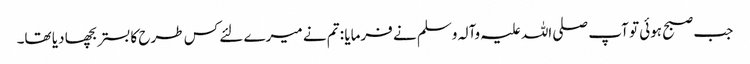
جب صبح ہوئی تو آپ صلی اللہ علیہ وآلہ وسلم نے فرمایا : تم نے میرے لئے کس طرح کا بستر بچھا دیا تھا۔